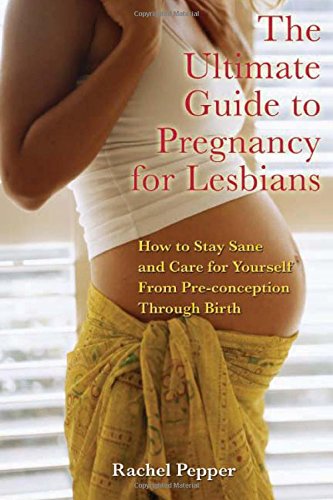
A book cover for The Ultimate Guide to Pregnancy for Lesbians: How to Stay Sane and Care for Yourself from Pre-conception through Birth, 2nd Edition; Rachel Pepper; Gay & Lesbian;